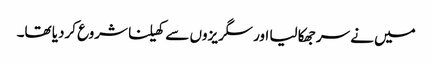
میں نے سر جھکا لیا اور سگریزوں سے کھیلنا شروع کردیا تھا۔